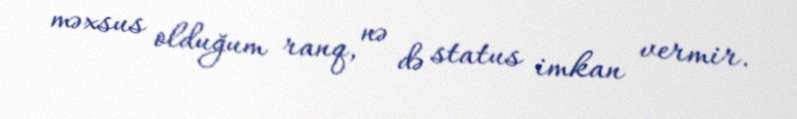
məxsus olduğum ranq, nə də status imkan vermir.